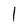
Character: l